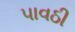
પાવઠી